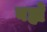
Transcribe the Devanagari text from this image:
बह्ये